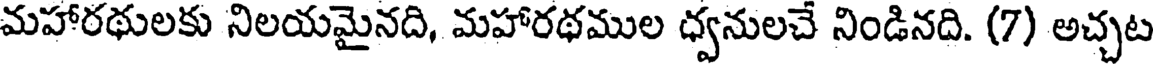
మహారథులకు నిలయమైనది, మహారథముల ధ్వనులచే నిండినది. (7) అచ్చట